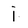
Character: i